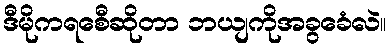
ဒီမိုကရစေီဆိုတာ ဘယျကိုအခွခေံလဲ။